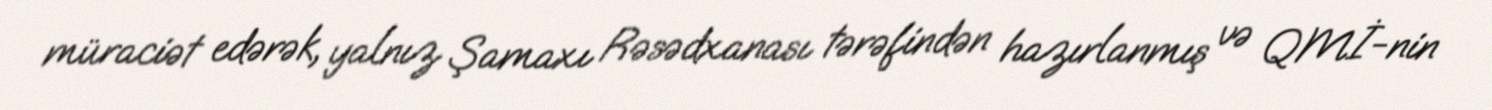
müraciət edərək, yalnız Şamaxı Rəsədxanası tərəfindən hazırlanmış və QMİ-nin